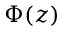
\Phi ( z )